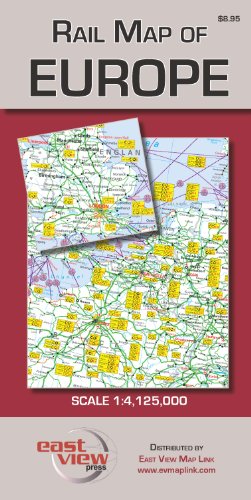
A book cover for Rail Map of Europe; Map Link; Travel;